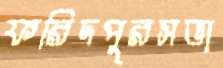
ফরিদপুরসভা